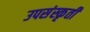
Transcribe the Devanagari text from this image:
उपसंस्कृती